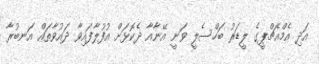
އަދި އެމްއެޗްޕީގެ ލީޑަރު ބަހްސެލީ ވަނީ އޭނާއާ ދެކޮޅަށް އުފުލާފައިވާ ދައުވާތައް އަނބުރާ